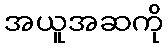
အယူအဆကို